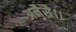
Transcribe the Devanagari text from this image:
अनैसे।।